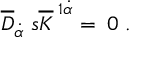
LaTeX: \; \; \overline { { { D } } } _ { \dot { \alpha } } \; s \overline { { { K } } } ^ { \; 1 \dot { \alpha } } = \; 0 \; .